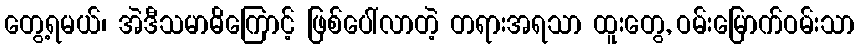
တွေ့ရမယ်၊ အဲဒီသမာဓိကြောင့် ဖြစ်ပေါ်လာတဲ့ တရားအရသာ ထူးတွေ, ဝမ်းမြောက်ဝမ်းသာ